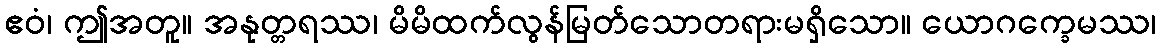
ဧဝံ၊ ဤအတူ။ အနုတ္တရဿ၊ မိမိထက်လွန်မြတ်သောတရားမရှိသော။ ယောဂက္ခေမဿ၊